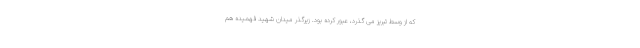
که از وسط تبریز می گذرد، عبور کرده بود. زیرگذر میدان شهید فهمیده هم